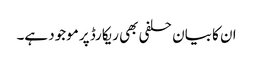
ان کا بیان حلفی بھی ریکارڈ پر موجود ہے۔